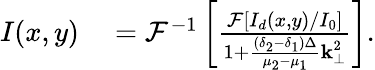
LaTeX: \begin{array}{rl}{I(x,y)}&{{}=\mathcal{F}^{-1}\left[\frac{\mathcal{F}[I_{d}(x,y)/I_{0}]}{1+\frac{(\delta_{2}-\delta_{1})\Delta}{\mu_{2}-\mu_{1}}\textbf{k}_{\perp}^{2}}\right].}\end{array}